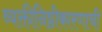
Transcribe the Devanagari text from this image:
व्यक्तीनिष्ठीकारणाची